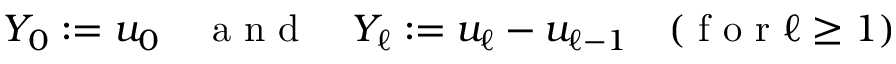
Y _ { 0 } : = u _ { 0 } \quad \mathrm { ~ a ~ n ~ d ~ } \quad Y _ { \ell } : = u _ { \ell } - u _ { \ell - 1 } \quad ( \mathrm { ~ f ~ o ~ r ~ } \ell \ge 1 )